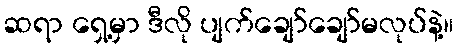
ဆရာ ရှေ့မှာ ဒီလို ပျက်ချော်ချော်မလုပ်နဲ့။